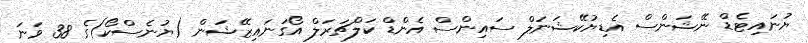
ޔުނައިޓެޑް ނޭޝަންސް އެޑިޔުކޭޝަނަލް ސައިންސް އެންޑް ކަލްޗަރަލް އޯގަނައިޒޭޝަން (ޔުނެސްކޯ)ގެ 38 ވަނަ